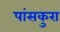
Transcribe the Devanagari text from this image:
पांसकुरा